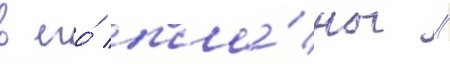
в его́ пла́ны //